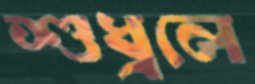
শুধ্‌রলে